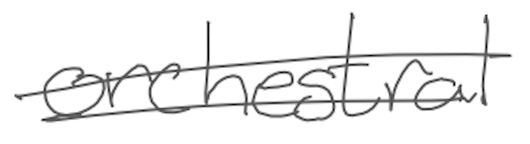
Text: orchestral
Cross-out: double-line
Writing tool: digital_gray